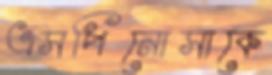
এসপিনোসাকে